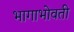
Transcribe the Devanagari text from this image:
भागाभोवती